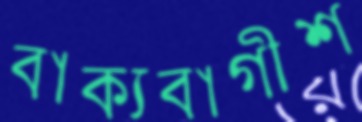
বাক্যবাগীশ